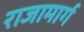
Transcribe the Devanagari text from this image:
राजामार्ग